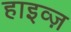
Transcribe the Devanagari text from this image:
हाइव्ज़